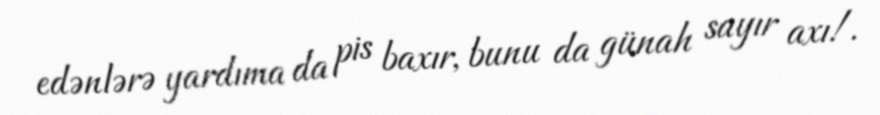
edənlərə yardıma da pis baxır, bunu da günah sayır axı!.